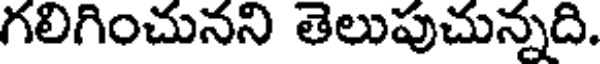
గలిగించునని తెలుపుచున్నది.